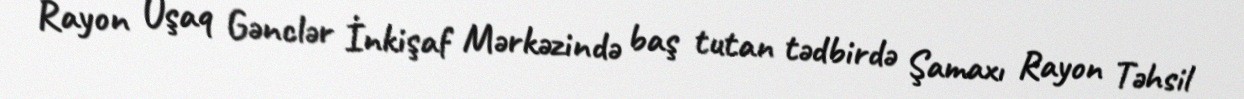
Rayon Uşaq Gənclər İnkişaf Mərkəzində baş tutan tədbirdə Şamaxı Rayon Təhsil